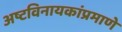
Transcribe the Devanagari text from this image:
अष्टविनायकांप्रमाणे